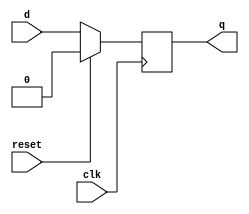
module dflip_flop(d,clk,reset,q);

output q;
input d,clk,reset;
reg q;


always @(posedge clk)

if(reset)
 q=1'b0;
else
 q=d;

endmodule

module jk_ff(j,k,clk,q);
input j,k,clk;
output q;
wire jk;
assign jk= (j&~q)|(~k&q);
dflip_flop dff(jk,clk,k,q);
endmodule

module test_bench;
reg j,k,clk;
wire q;

jk_ff jkff1(j,k,clk,q);
initial
 clk=1'b1;
always
 #5 clk=~clk;

 initial
 begin
 #5 j=0;k=0;
 #10 j=0;k=1;
 #10 j=1;k=0;
 #10 j=1;k=1;
 #50 $finish;
 end
 always @(clk)
 $monitor($time,"  j=%b k=%b q=%b",j,k,q);

 endmodule